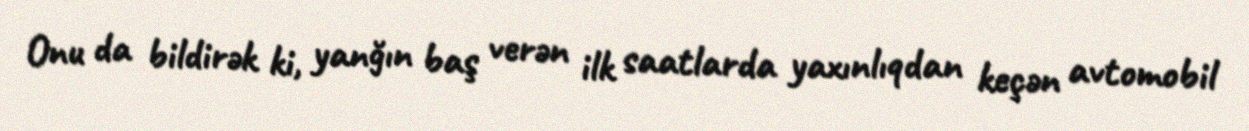
Onu da bildirək ki, yanğın baş verən ilk saatlarda yaxınlıqdan keçən avtomobil